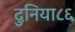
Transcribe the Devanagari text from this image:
दुनिया८६